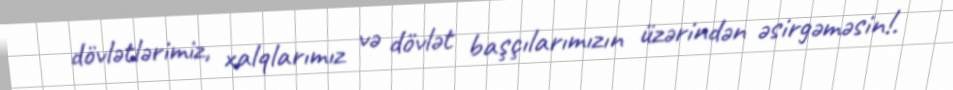
dövlətlərimiz, xalqlarımız və dövlət başçılarımızın üzərindən əsirgəməsin!.